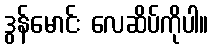
ဒွန်မောင်း လေဆိပ်ကိုပါ။